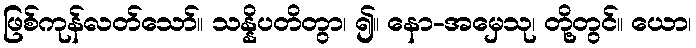
ဖြစ်ကုန်လတ်သော်။ သန္နိပတိတွာ၊ ၍။ နော-အမှေသု၊ တို့တွင်။ ယော၊